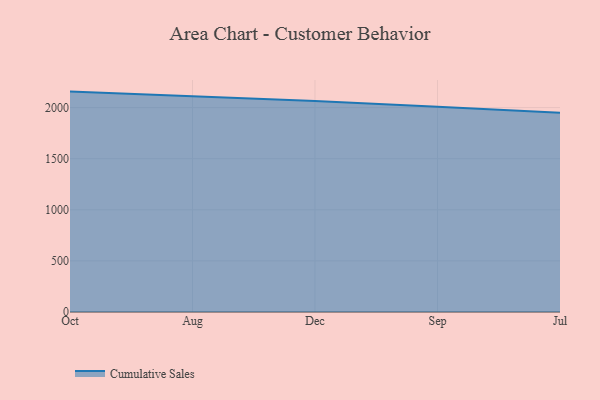
{"axis": {"x": "Month", "y": "Net Income (USD K)"}, "legend": ["Cumulative Sales"], "data": [{"x": "Oct", "y": 2156.1, "type": "Cumulative Sales"}, {"x": "Aug", "y": 2111.9, "type": "Cumulative Sales"}, {"x": "Dec", "y": 2064.4, "type": "Cumulative Sales"}, {"x": "Sep", "y": 2008.7, "type": "Cumulative Sales"}, {"x": "Jul", "y": 1949.5, "type": "Cumulative Sales"}]}